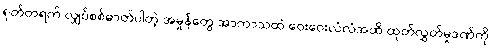
ရုတ်တရက် လျှပ်စစ်ဓာတ်ပါတဲ့ အမှုန်တွေ အာကာသထဲ ဝေးဝေးလံလံအထိ ထုတ်လွှတ်မှုဒဏ်ကို